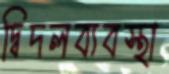
দ্বিদলব্যবস্থা